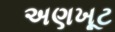
અણખૂટ